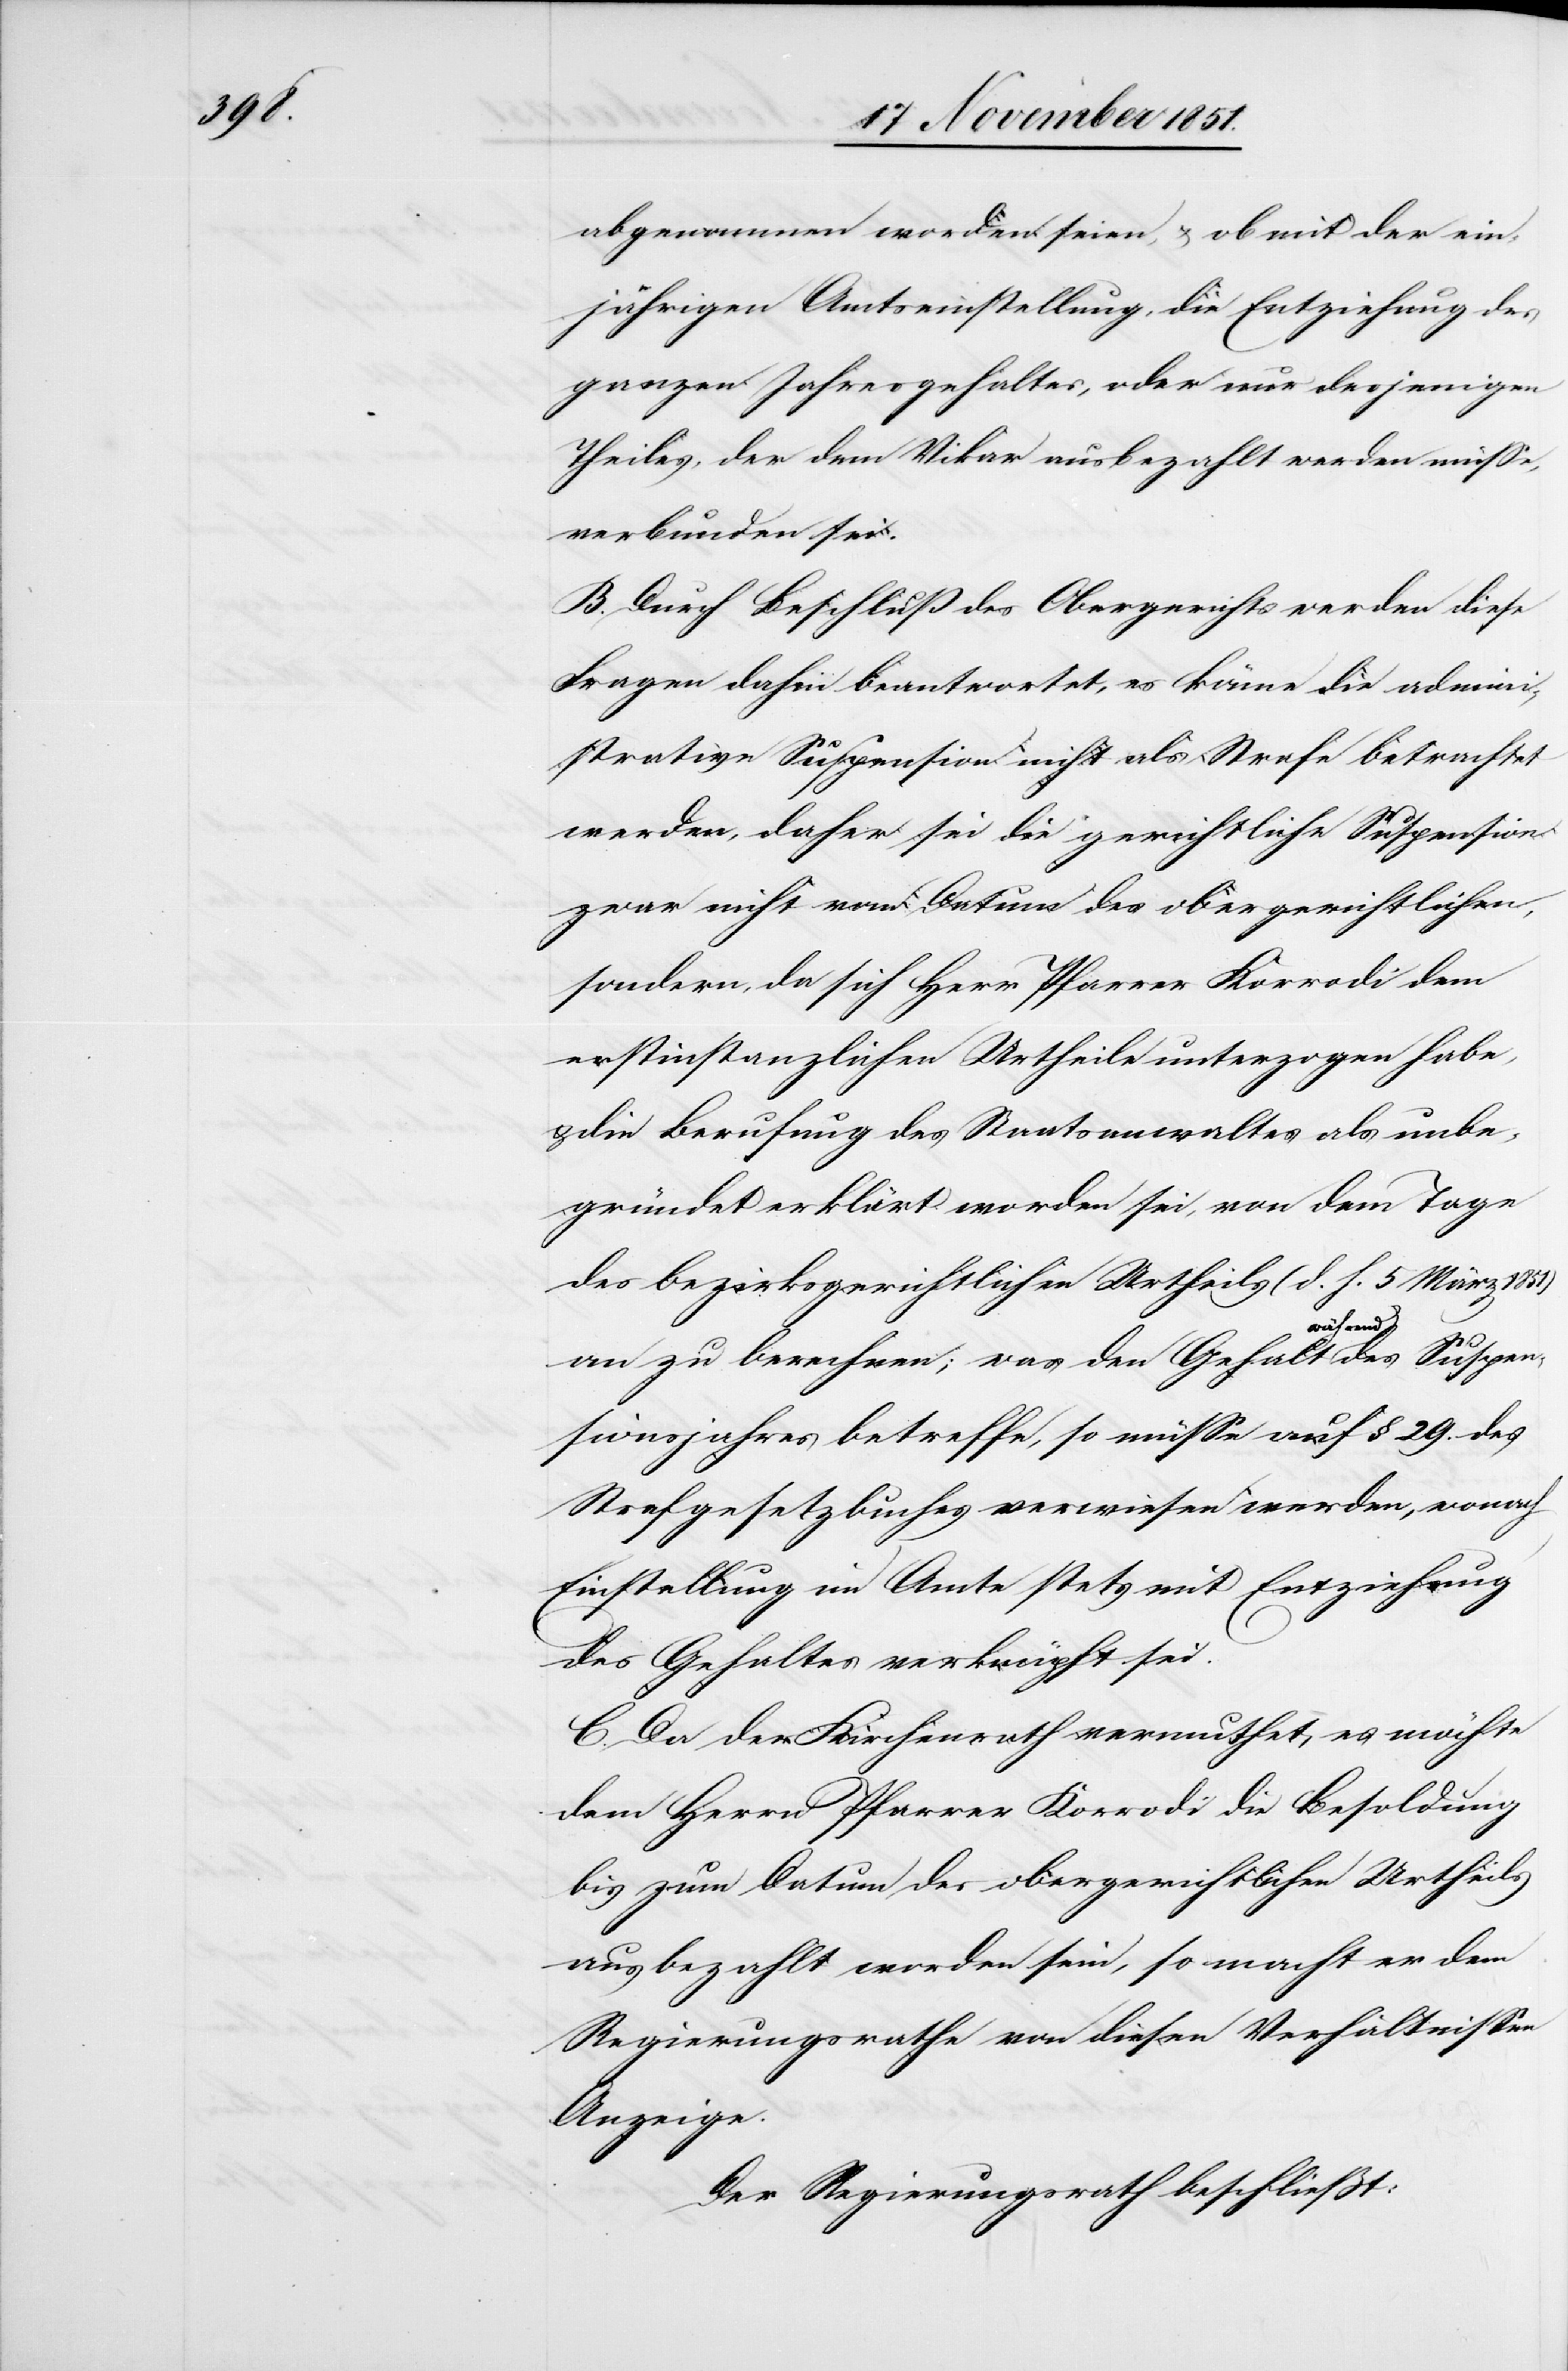
abgenommen worden seien, & ob mit der ein¬
jährigen Amtseinstellung, die Entziehung des
ganzen Jahresgehaltes, oder nur desjenigen
Theiles, der dem Vikar ausbezahlt werden müsse,
verbunden sei.
B. Durch Beschluß des Obergerichts werden diese
Fragen dahin beantwortet, es könne die admini¬
strative Suspension nicht als Strafe betrachtet
werden, daher sei die gerichtliche Suspension
zwar nicht vom Datum des obergerichtlichen,
sondern, da sich Herr Pfarrer Korrodi dem
erstinstanzlichen Urtheile unterzogen habe,
& die Berufung des Staatsanwaltes als unbe¬
gründet erklärt worden sei, von dem Tage
des bezirksgerichtlichen Urtheils (d. h. 5 März
an zu berechnen; was den Gehalt während
sionsjahres betreffe, so müsse auf § 29. des
Strafgesetzbuches verwiesen werden, wonach
Einstellung im Amte stets mit Entziehung
des Gehaltes verknüpft sei.
C. Da der Kirchenrath vermuthet, es möchte
dem Herrn Pfarrer Korrodi die Besoldung
bis zum Datum des obergerichtlichen Urtheils
ausbezahlt worden sein, so macht er dem
Regierungsrathe von diesen Verhältnissen
Anzeige.
Der Regierungsrath beschließt: